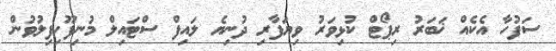
ސަފުހާ އެކެއް ޚަބަރު ރިޕޯޓް ކުޅިވަރު ވިޔަފާރި ދުނިޔެ ލައިފް ސްޓައިލް މުނިފޫހިފިލުވުން